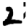
Digit: 2